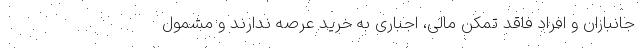
جانبازان و افراد فاقد تمکن مالی، اجباری به خرید عرصه ندارند و مشمول